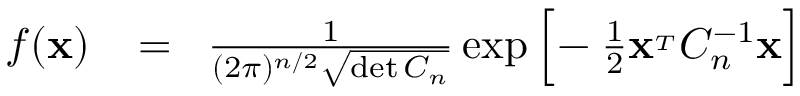
\begin{array} { r l r } { f ( { \bf x } ) } & { { } \! = \! } & { { \frac { 1 } { ( 2 \pi ) ^ { n / 2 } \sqrt { \operatorname* { d e t } C _ { n } } } } \exp \Big [ \! - { \frac { 1 } { 2 } } { \bf x } ^ { _ T } C _ { n } ^ { - 1 } { \bf x } \Big ] } \end{array}